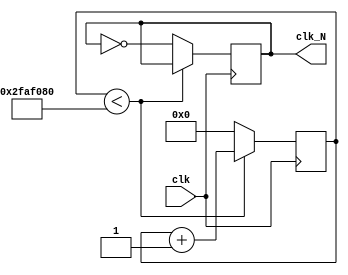

`timescale  1ns / 1ps
module divider(clk, clk_N);
input clk;                      
output reg clk_N=0;                 
parameter N = 100_000_000;      // 1Hz,N=fclk/fclk_N
reg [31:0] counter=0;             /* 
                                   0(N/2-1)
                                    */
always @(posedge clk)  begin    // 
         if(counter<N/2)
			counter=counter+1;
		else  begin
		counter=0;
		clk_N=~clk_N;
		end

		 // 
end                           
endmodule